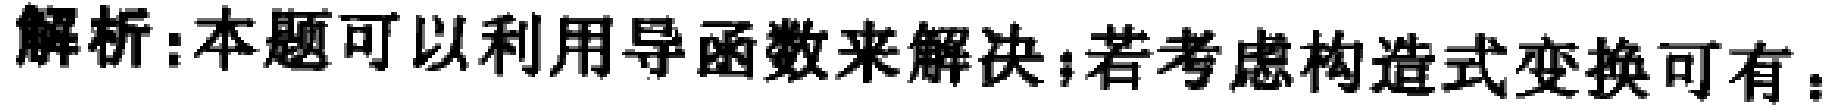
解析:本题可以利用导函数来解决;若考虑构造式变换可有：